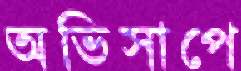
অভিসাপে